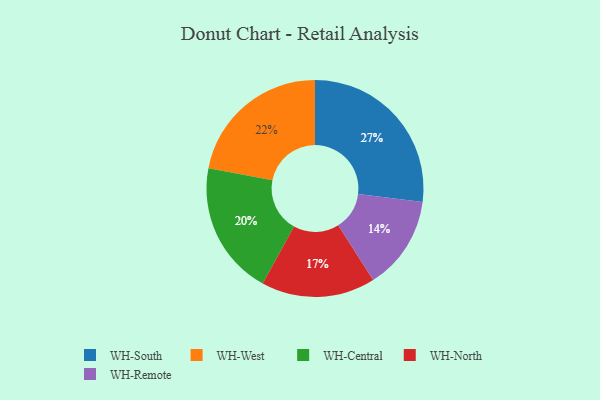
{"axis": {"x": "Category", "y": "Percentage"}, "legend": ["WH-Central", "WH-North", "WH-Remote", "WH-South", "WH-West"], "data": [{"x": "WH-West", "y": 22, "type": "WH-West"}, {"x": "WH-Remote", "y": 14, "type": "WH-Remote"}, {"x": "WH-South", "y": 27, "type": "WH-South"}, {"x": "WH-Central", "y": 20, "type": "WH-Central"}, {"x": "WH-North", "y": 17, "type": "WH-North"}]}